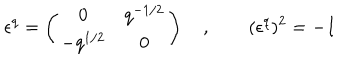
LaTeX: \epsilon ^ { q } = \left( \begin{array} { c c } { { 0 } } & { { q ^ { - 1 / 2 } } } \\ { { - q ^ { 1 / 2 } } } & { { 0 } } \\ \end{array} \right) \quad , \qquad ( \epsilon ^ { q } ) ^ { 2 } = - I